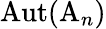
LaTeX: \operatorname{Aut}(\mathrm{A}_{n})